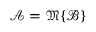
{ \mathcal { A } } = { \mathfrak { M } } \{ { \mathcal { B } } \}